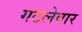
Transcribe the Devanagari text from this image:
गटलेवार